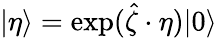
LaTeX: |\eta\rangle=\exp(\hat{\zeta}\cdot\eta)|0\rangle